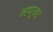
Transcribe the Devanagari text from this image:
म्ह्णूनच